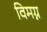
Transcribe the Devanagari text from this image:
विमग्न